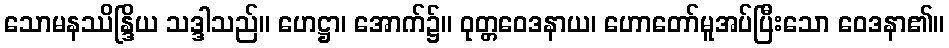
သောမနဿိန္ဒြိယ သဒ္ဒါသည်။ ဟေဋ္ဌာ၊ အောက်၌။ ဝုတ္တဝေဒနာယ၊ ဟောတော်မူအပ်ပြီးသော ဝေဒနာ၏။